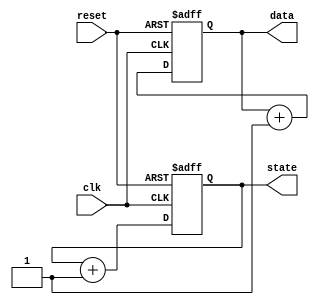
module behavioral_model (
    input wire clk,
    input wire reset,
    output reg [3:0] state,
    output reg [7:0] data
);

// Initial block for setting initial values and simulation behavior
initial begin
    // Initialization of state and data using non-blocking assignments
    state <= 4'b0000;   // Initialize state to 0
    data <= 8'hFF;      // Initialize data to 255

    // Sequential execution demonstrating non-blocking behavior
    #5 state <= 4'b0001; // After 5 time units, change state to 1
    #10 data <= 8'hA5;   // After 10 more time units, change data to 0xA5
    #15 state <= 4'b0010; // After another 15 time units, change state to 2
end

// Sequential logic block to illustrate ongoing processes
always @(posedge clk or posedge reset) begin
    if (reset) begin
        state <= 4'b0000;  // Reset state on reset signal
        data <= 8'h00;     // Reset data on reset signal
    end else begin
        // Example of using non-blocking assignments in a synchronous process
        state <= state + 1; // Increment state on each clock cycle
        data <= data + 1;   // Increment data on each clock cycle
    end
end

endmodule